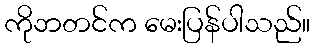
ကိုဘတင်က မေးပြန်ပါသည်။